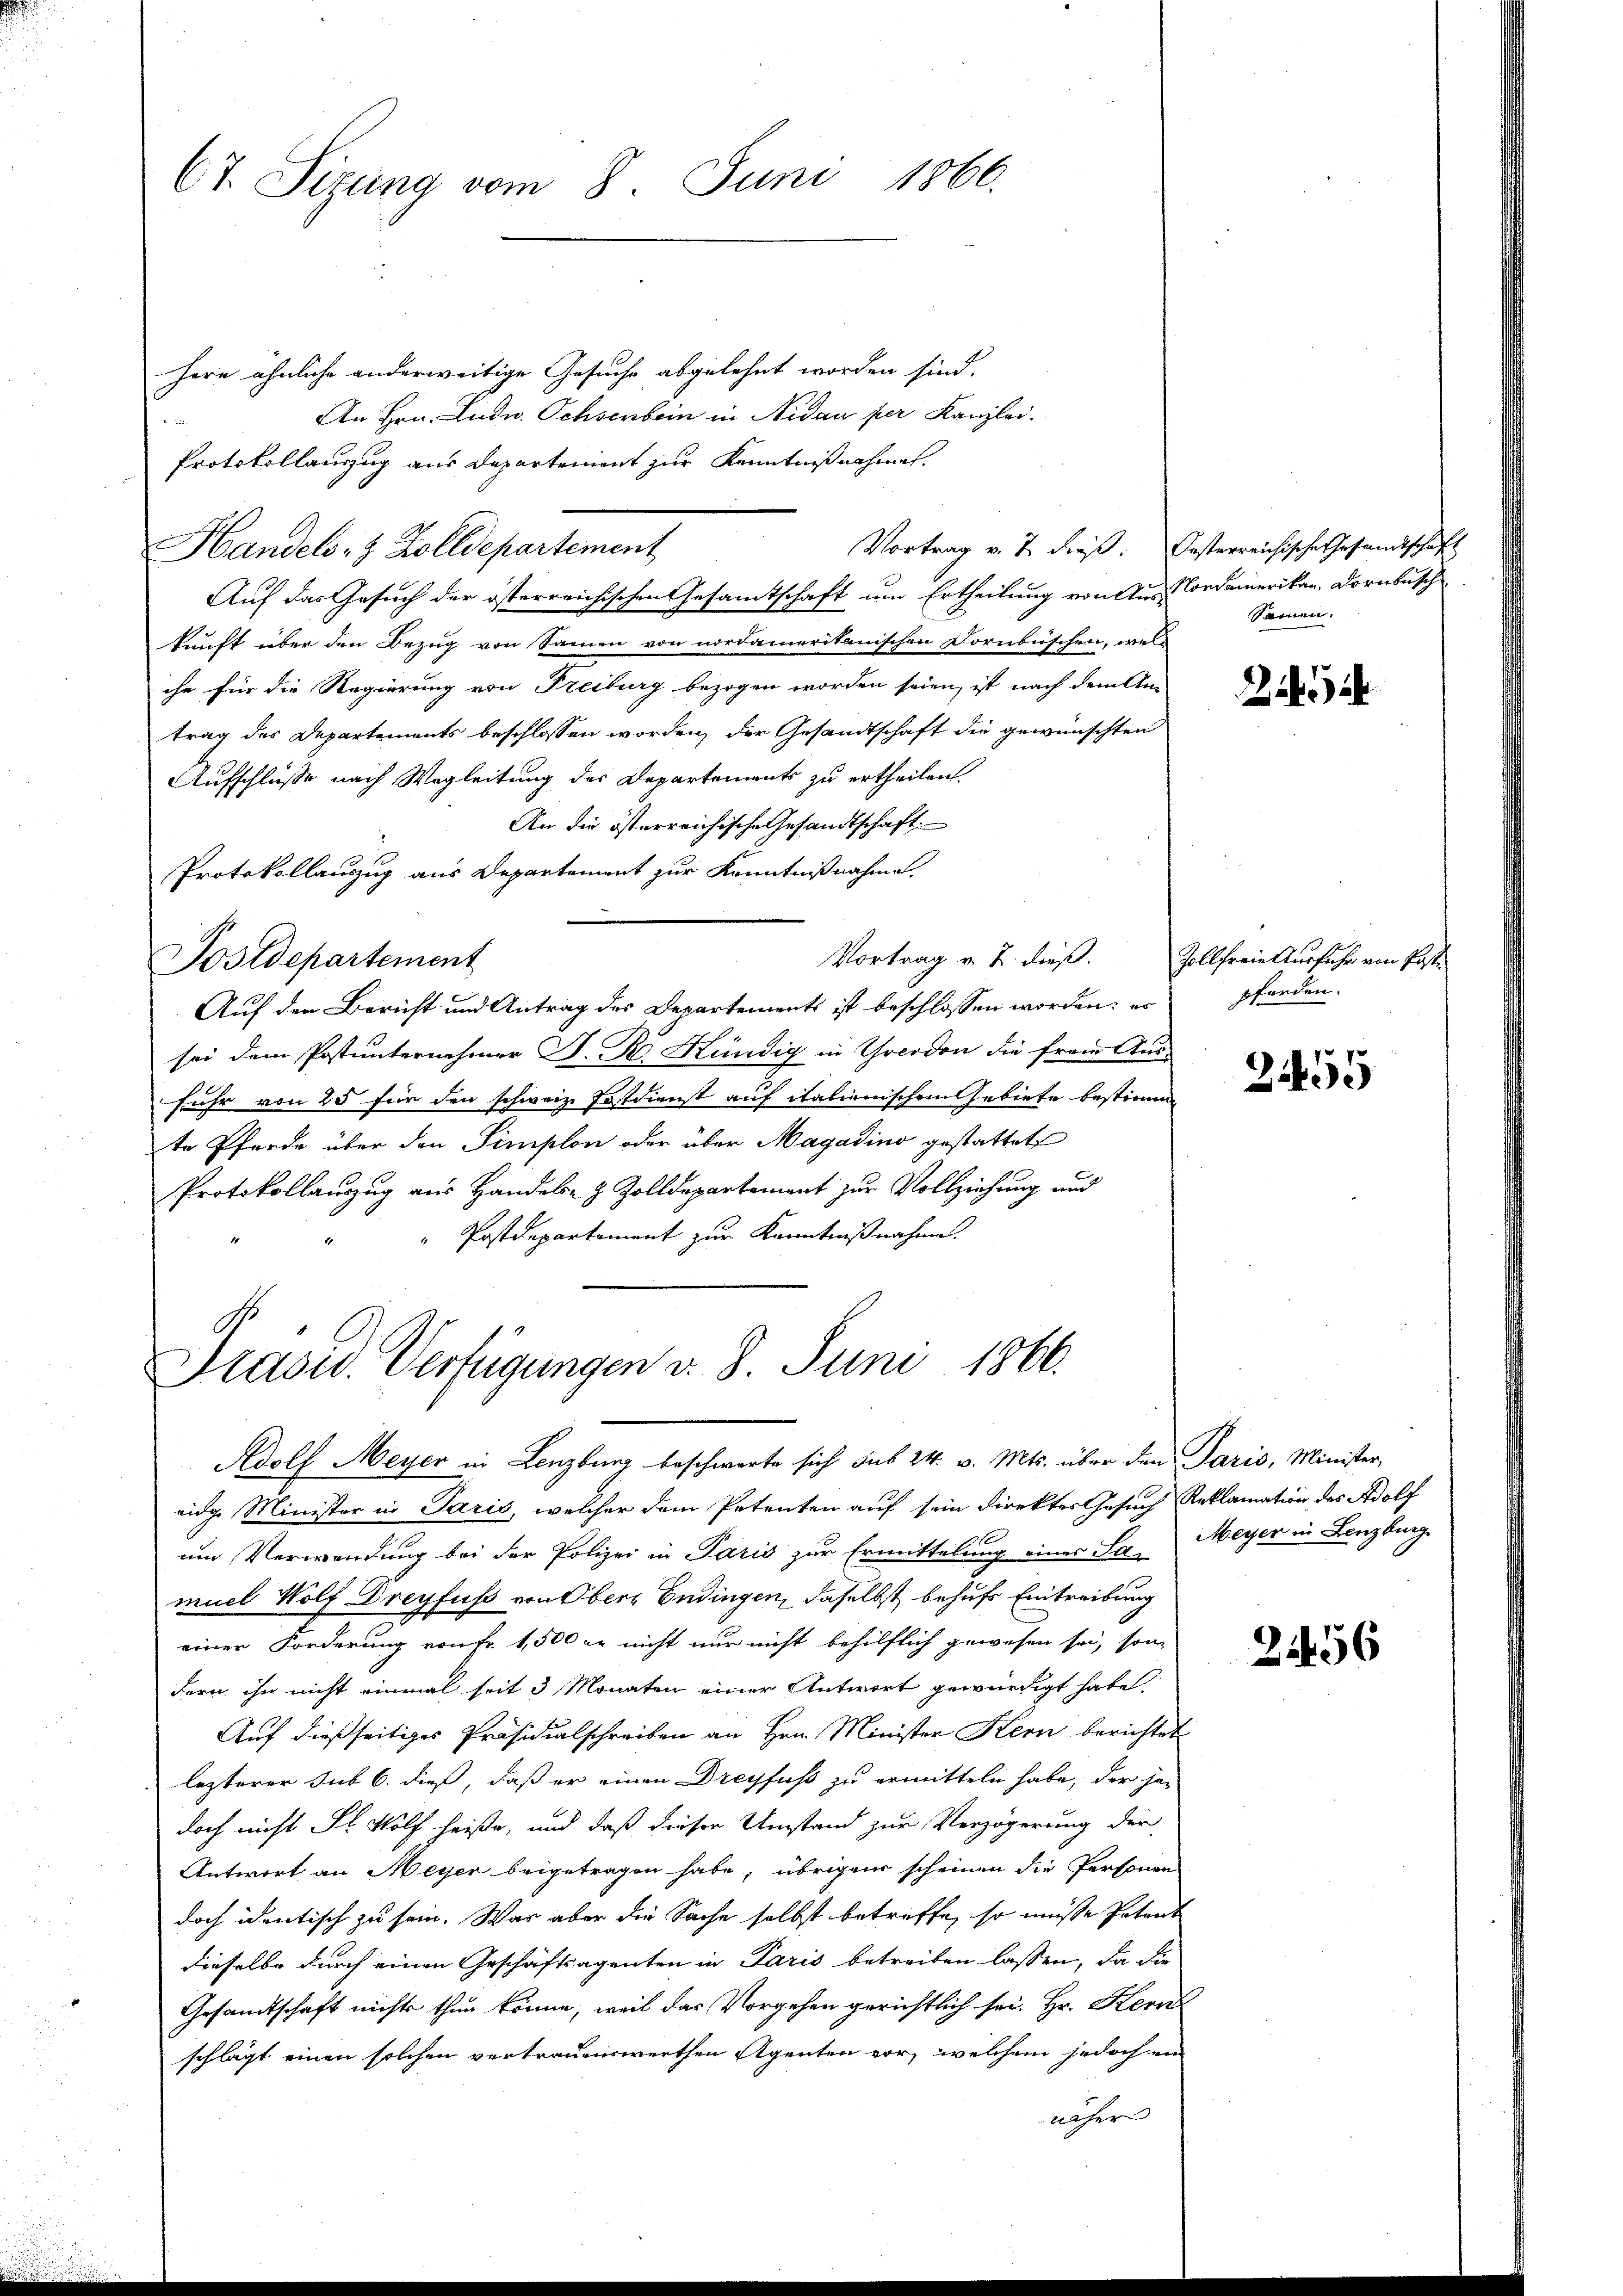
Ct. Sizung vom 8. Juni 1866.

here ähnliche anderweitige Gesuche abgelehnt worden sind.
An Hrn. Ludw. Ochsenbein in Nidau per Kanzlei.
Handels- & Zolldepartement
kunft über den Bezug von Sammen von nordameritanischen Dornbüschen, we
che für die Regierung von Freiburg bezogen worden seien, ist nach dem An
trag des Departements beschlossen worden, der Gesandtschaft die gewünschten
Aufschlüße nach Wegleitung des Departements zu ertheilen.
An die österreichische Gesandtschaft
Protokollauszug aus Departement zur Kenntnißnahme.
Vortrag v. J. dieß.
Postdepartement
Auf den Bericht und Antrag des Departements ist beschlossen worden; es
sei dem Postunternehmer D. R. Hündig in Yverdon die freue An-
Fuhr von 25 für den schweiz. Postdienst auf italienischen Gebiete bestim
te Pferde über den Simplon oder über Magasino gestattet
Protokollauszug aus Handels- & Zolldepartement zur Vollziehung und
Postdepartement zur Kenntnißnahme

Protokollanzug aus Departement zur Kenntnißnahmen.
Auf das Gesuch der österreichischen Gesamtschaft um Ertheilung von Am

Präsid. Verfügungen v. 8. Juni 1866.

Vortrag v. 7. dieß. Oesterreichische Gesandtschaft

Adolf Meyer in Lenzburg beschwerte sich sub 24. v. Mts. über den Paris, Minister-
eidge Minister in Paris, welcher dem Petenten auf sein Direktes Gesuch Reklamation des Adolf
um Verwendung bei der Polizei in Paris zur Ermittelung einer Sa. Meyer in Lenzburg
muel Wolf Dreyfuss von Obern Endingen, daselbst behufs Eintreibung
einer Forderung von Fr. 1,500 er nicht nur nicht behilflich gewesen sei, son-
dern ihn nicht einmal seit 3 Monaten einer Antwort gewürdigt habe,
Auf dießseitiges Präsidialschreiben an Hrn. Minister Kern berichtet
lezterer sub 6. dieß, daß er einen Dreyfuß zu ermitteln habe, der jedoch nicht Sr. Wolf heiße, und daß dieser Umstand zur Verzögerung der
Antwort an Meyer beigetragen habe; übrigen scheinen die Personen
doch identisch zu sein. Was aber die Sache selbst betreffe, so müsse Petrat
dieselbe durch einen Geschäftsagenten in Paris betreiben lassen, da die
Gesandtschaft nichts thun könne, weil das Vorgehen gerichtlich sei. Hr. Kern
schlägt einen solchen vertrauenswerthen Agenten vor, welchem jedoch ein
näher

Nordamerikan, Dornbusch
Sammen.

24

Zollfreie Ausfuhr von Postpferden.

24455

2456